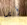
أيضا